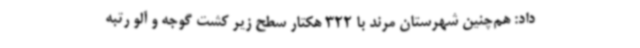
داد: هم‌چنین شهرستان مرند با 322 هکتار سطح زیر کشت گوجه و آلو رتبه